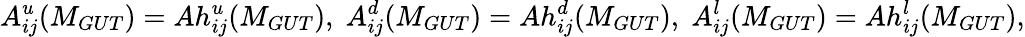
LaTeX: A_{ij}^{u}(M_{GUT})=Ah_{ij}^{u}(M_{GUT}),\; A_{ij}^{d}(M_{GUT})=Ah_{ij}^{d}(M_{GUT}),\; A_{ij}^{l}(M_{GUT})=Ah_{ij}^{l}(M_{GUT}),